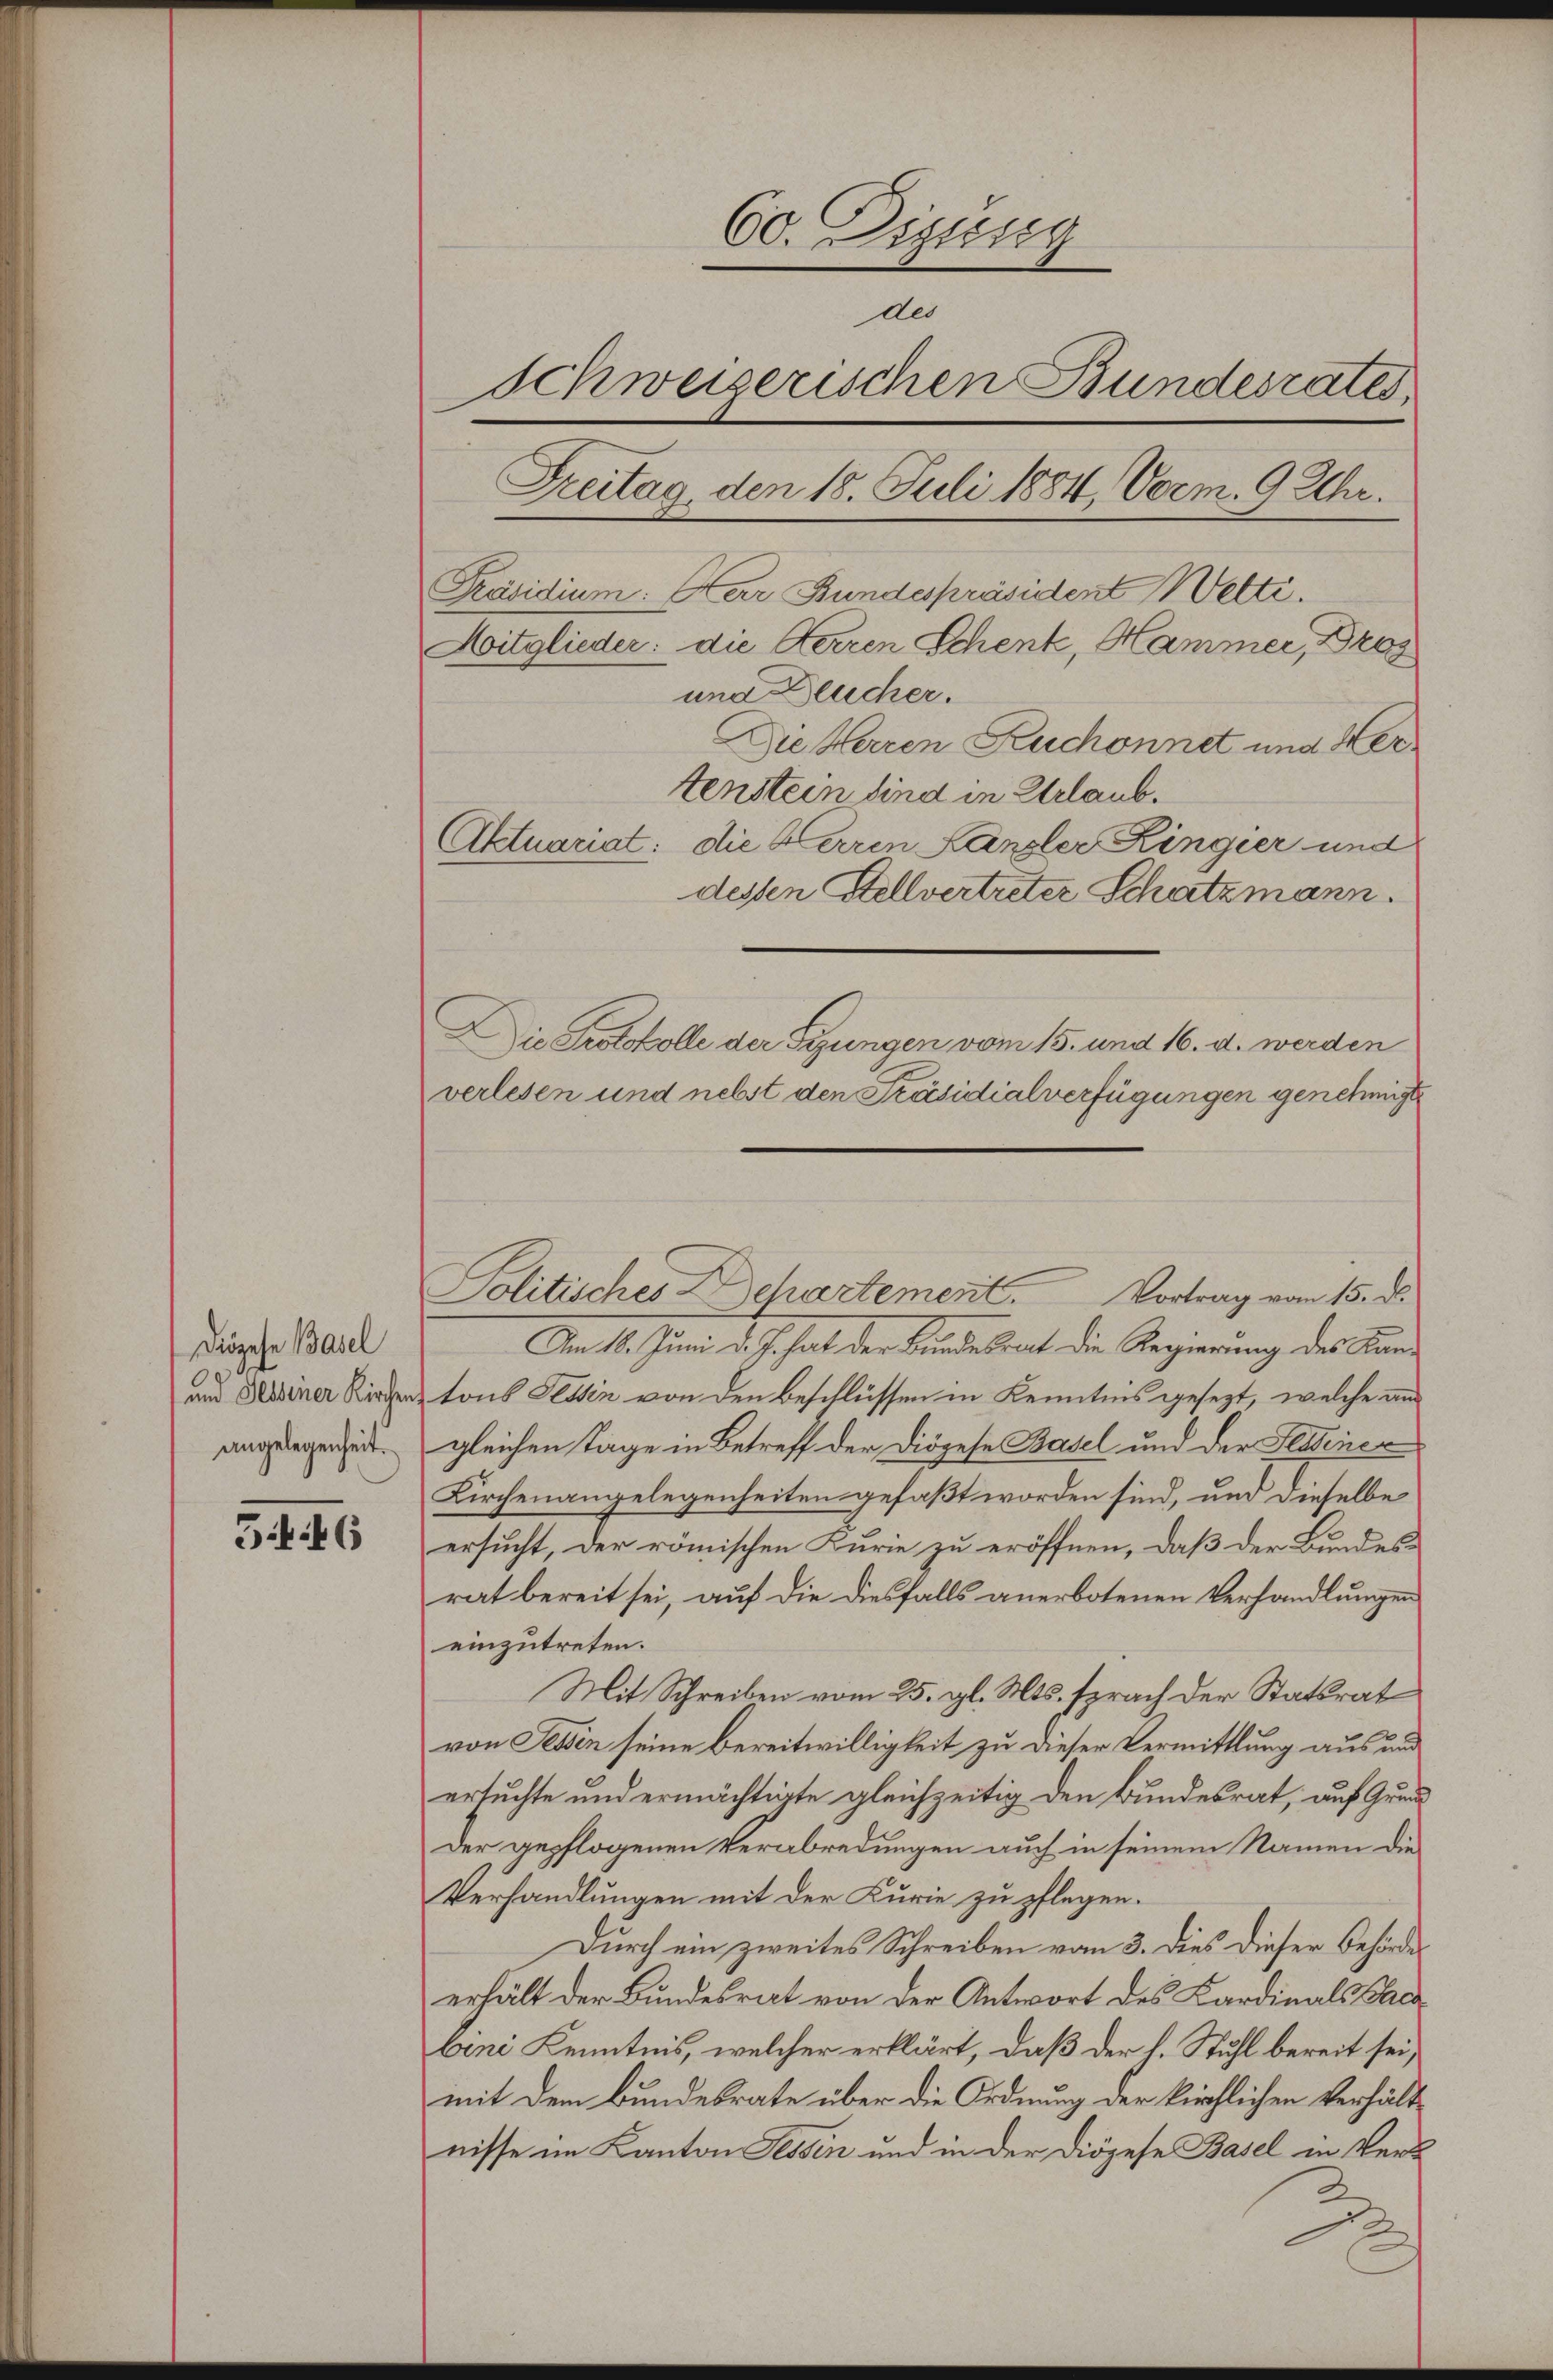
Diözese Basel
und Sessener Kirchen
angelegenheit.

546

60. Dezeig
des
Schweizerischen Bundesrates,
Freitag, den 18. Juli 1884, Vorm. 9 Uhr.
Präsidium. Herr Bundespräsident Welti.
Mitglieder: die Herren Schenk, Hammer, Drog
und Deucher.
Die Herren Kuchonnet und Hertenstein sind in Urlaub.
Aktuariat: die Herren Kanzler Ringier und
dessen Stellvertreter Schatzmann.
Die Protokolle der Sizungen vom 15. und 16. d. werden
verlesen und nebst den Präsidialverfügungen genehmigt

Politisches Departement. Vortrag vom 15. d.
Am 18. Juni d. J. hat der Bundesrat die Regierung des Kantons Tessin von den Beschlüssen in Kenntnis gesezt, welche aus
gleichen Tage in Betreff der Diözese Basel und der Sessiner
Kirchenangelegenheiten gefaßt worden sind, und dieselbe
ersucht, der römischen Kurie zu eröffnen, daß der Bundesrat bereit sei, auf die diesfalls anerbotenen Verhandlungen
einzutreten.
Mit Schreiben vom 25. gl. Mts. sprach der Statsrat
von Sessen seine bereitwilligkeit zu dieser Vermittlung aus und
ersuchte und ermächtigte gleichzeitig den Bundesrat, auf Grund
Der gepflogenen Verabredungen auch in seinem Namen die
Verhandlungen mit der Kurie zu pflegen.
Durch ein zweites Schreiben vom 3. dies dieser Behörde
erhält der Bundesrat von der Antwort des Kardinals Paca
bini Kenntnis, welcher erklärt, daß der h. Stuhl bereit sei,
mit dem Bundesrate über die Ordnung der kirchlichen Verhältnisse im Kanton Tessin und in der Diözese Basel in Ver¬
.